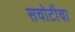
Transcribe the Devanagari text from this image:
सचोटीचा